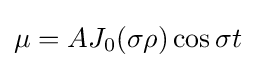
\mu =AJ_{0}(\sigma \rho )\cos \sigma t